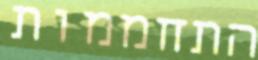
התחממות